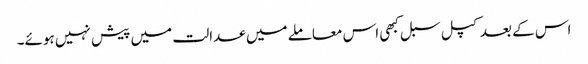
اس کے بعد کپل سبل کبھی اس معاملے میں عدالت میں پیش نہیں ہوئے۔